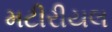
મટીરીયલ